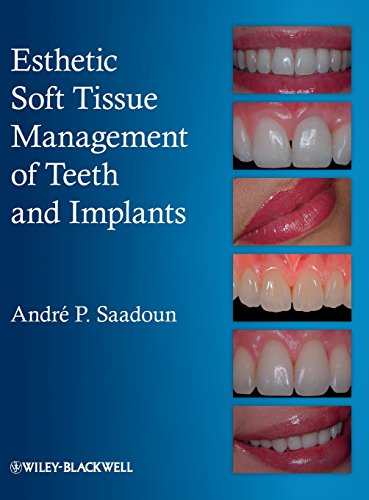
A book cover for Esthetic Soft Tissue Management of Teeth and Implants; Andre P. Saadoun; Medical Books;